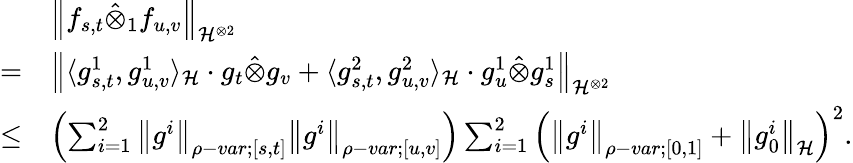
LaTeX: \begin{array}{rl}&{{\left\lVert{f_{s,t}\hat{\otimes}_{1}f_{u,v}}\right\rVert}_{\mathcal{H}^{\otimes 2}}}\\ {=}&{{\left\lVert{\langle g_{s,t}^{1},g_{u,v}^{1}\rangle_{\mathcal{H}}\cdot g_{t}\hat{\otimes}g_{v}+\langle g_{s,t}^{2},g_{u,v}^{2}\rangle_{\mathcal{H}}\cdot g_{u}^{1}\hat{\otimes}g_{s}^{1}}\right\rVert}_{\mathcal{H}^{\otimes 2}}}\\ {\leq}&{\left(\sum_{i=1}^{2}{\left\lVert{g^{i}}\right\rVert}_{\rho-var;[s,t]}{\left\lVert{g^{i}}\right\rVert}_{\rho-var;[u,v]}\right)\sum_{i=1}^{2}\left({\left\lVert{g^{i}}\right\rVert}_{\rho-var;[0,1]}+{\left\lVert{g_{0}^{i}}\right\rVert}_{\mathcal{H}}\right)^{2}.}\end{array}